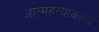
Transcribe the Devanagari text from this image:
आत्महत्याकहते